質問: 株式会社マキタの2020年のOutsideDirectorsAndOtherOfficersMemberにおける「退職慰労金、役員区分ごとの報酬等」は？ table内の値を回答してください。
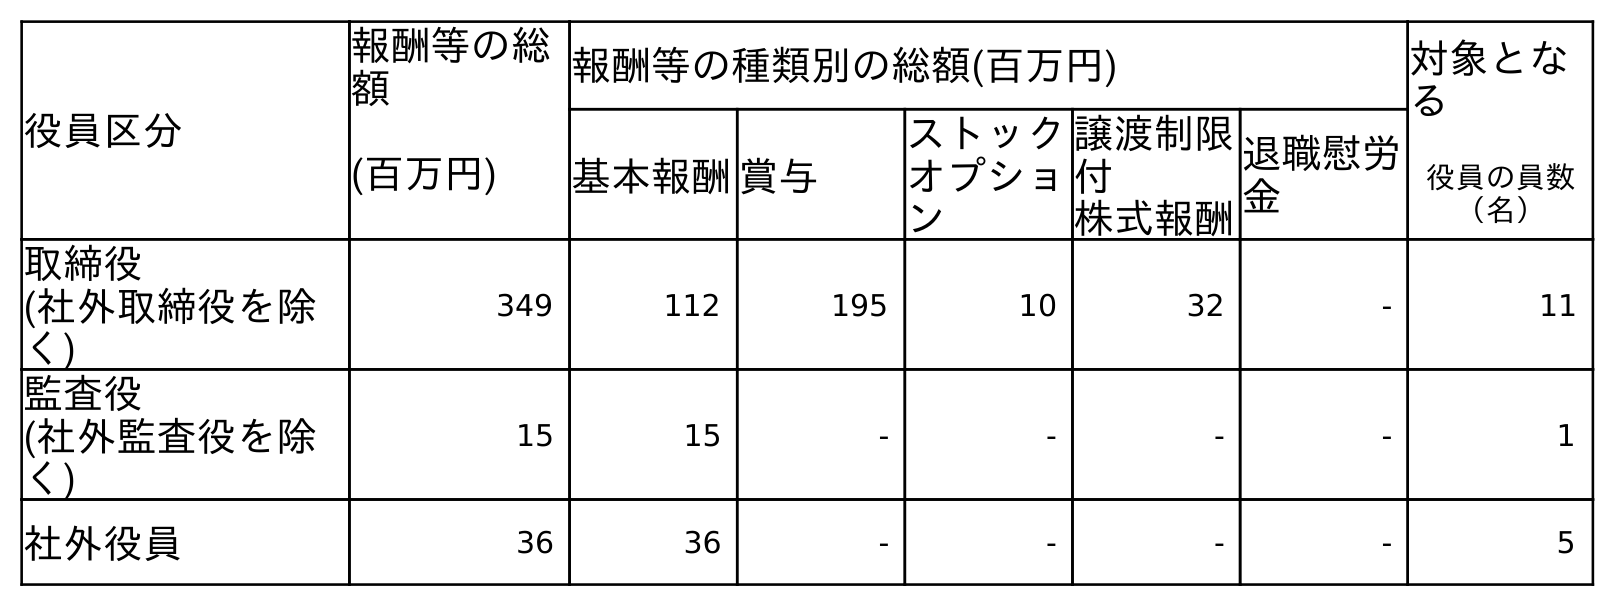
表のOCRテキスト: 役員区分 報酬等の総 額 報酬等の種類別の総額(百万円) 対象とな る 役員の員数 （名） (百万円) 基本報酬賞与 ストック オプショ ン 譲渡制限 付 株式報酬 退職慰労 金 取締役 (社外取締役を除 く) 349 112 195 10 32 - 11 監査役 (社外監査役を除 く) 15 15 - - - - 1 社外役員 36 36 - - - - 5
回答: -